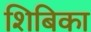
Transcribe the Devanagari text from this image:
शिबिका